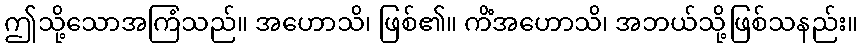
ဤသို့သောအကြံသည်။ အဟောသိ၊ ဖြစ်၏။ ကိံအဟောသိ၊ အဘယ်သို့ဖြစ်သနည်း။